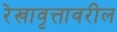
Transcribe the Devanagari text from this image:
रेखावृत्तावरील